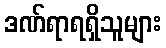
ဒဏ်ရာရရှိသူများ